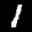
Label: 1